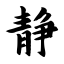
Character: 静